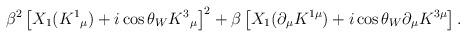
LaTeX: \begin{align*}\beta^{2} \left[ X_{1}(K^{1}{}_{\mu})+i\cos{\theta_{W}} K^{3}{}_{\mu } \right]^2 +\beta \left[ X_{1}(\partial _{\mu }K^{1 \mu})+i\cos{\theta_{W}} \partial _{\mu}K^{3\mu} \right].\end{align*}